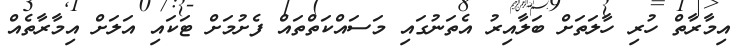
އިމާރާތް ހުރި ހާލަތަށް ބަލާއިރު އެތަނުގައި މަސައްކަތްތައް ފެށުމަށް ޓަކައި އަލަށް އިމާރާތެއް